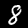
Digit: 8